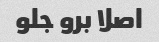
اصلا برو جلو